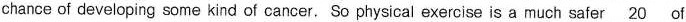
chance of developing some kind of cancer. So physical exercise is a much safer \underline{20} of